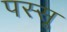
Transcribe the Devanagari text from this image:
पस्सू